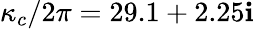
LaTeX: \kappa_{c}/2\pi=29.1+2.25\mathbf{i}